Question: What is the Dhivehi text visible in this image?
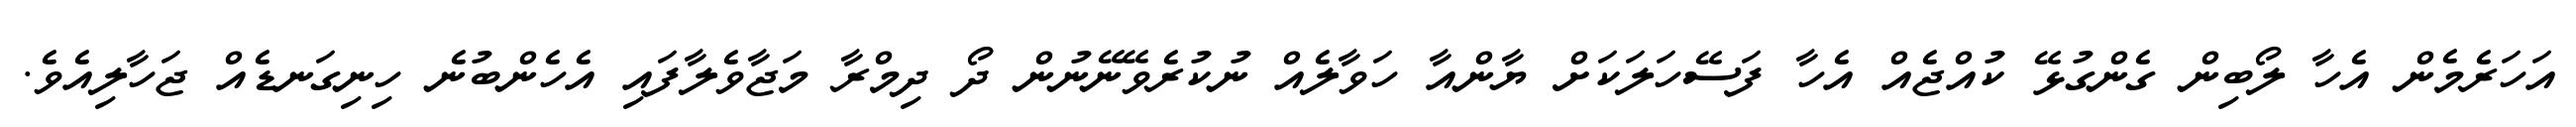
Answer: އަހަރެމެން އެހާ ލޯބިން ގެންގުޅޭ ކުއްޖެއް އެހާ ފަސޭހަލަކަށް ޔާންއާ ހަވާލެއް ނުކުރެވޭނޭނުން ދޯ ދިމްރާ މަޖާވެލާފައި އެހެންބުނެ ހިނިގަނޑެއް ޖަހާލިއެވެ.